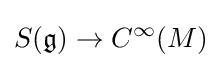
S({\mathfrak {g}})\to C^{\infty }(M)